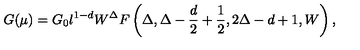
G ( \mu ) = G _ { 0 } l ^ { 1 - d } W ^ { \Delta } F \left( \Delta , \Delta - \frac { d } { 2 } + \frac { 1 } { 2 } , 2 \Delta - d + 1 , W \right) ,